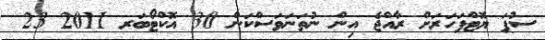
ސުޕަ ޔޮޓްފަހަރަށް ރާއްޖެ އިން ނުތަނަވަސްކަން 30 އޮކްޓޯބަރ 2011 23